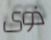
ذوى